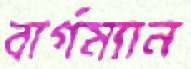
বার্গম্যান